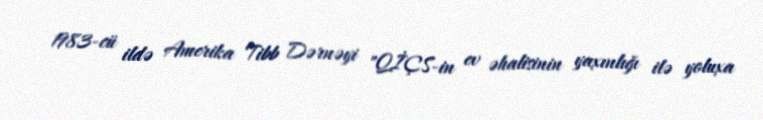
1983-cü ildə Amerika Tibb Dərnəyi "QİÇS-in ev əhalisinin yaxınlığı ilə yoluxa